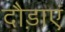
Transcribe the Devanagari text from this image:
दौड़ाएं